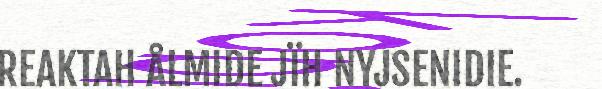
REAKTAH ÅLMIDE JÏH NYJSENIDIE.